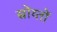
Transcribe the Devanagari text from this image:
स्रोय्तों